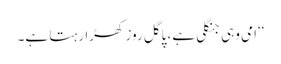
‘‘امی وہی جنگلی ہے، پاگل روز کھڑا رہتا ہے۔